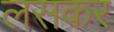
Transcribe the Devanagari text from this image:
लसकर